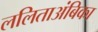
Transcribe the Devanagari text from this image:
ललिताअंबिका